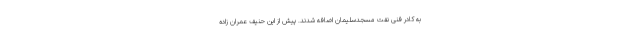
به کادر فنی نفت مسجدسلیمان اضافه شدند. پیش از این حنیف عمران زاده